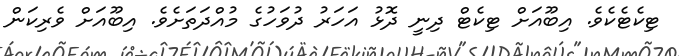
ޓިކެޓެކެވެ. އިބޫއަށް ޓިކެޓް ދިނީ ދޮޅު އަހަރު ދުވަހުގެ މުއްދަތަށެވެ. އިބޫއަށް ވެރިކަން